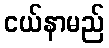
ငယ်နာမည်